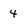
Character: 4